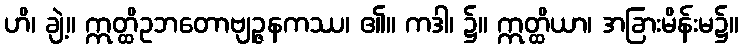
ဟိ၊ ချဲ့။ ဣတ္ထိဥဘတောဗျဉ္ဇနကဿ၊ ၏။ ကဒါ၊ ၌။ ဣတ္ထိယာ၊ အခြားမိန်းမ၌။